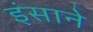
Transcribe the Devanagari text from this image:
इंसाने